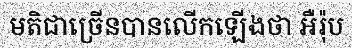
មតិជាច្រើនបានលើកឡើងថា អឺរ៉ុប